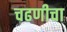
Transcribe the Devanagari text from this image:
चढणीचा